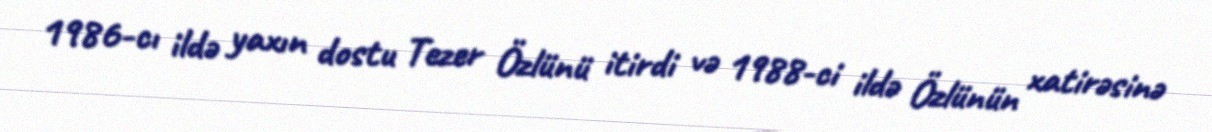
1986-cı ildə yaxın dostu Tezer Özlünü itirdi və 1988-ci ildə Özlünün xatirəsinə